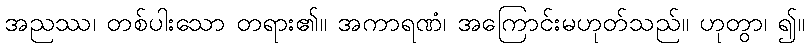
အညဿ၊ တစ်ပါးသော တရား၏။ အကာရဏံ၊ အကြောင်းမဟုတ်သည်။ ဟုတွာ၊ ၍။